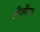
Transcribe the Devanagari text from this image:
लीलीया